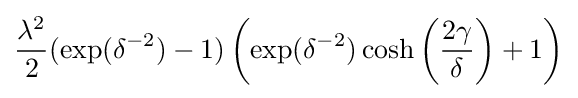
{\frac {\lambda ^{2}}{2}}(\exp(\delta ^{-2})-1)\left(\exp(\delta ^{-2})\cosh \left({\frac {2\gamma }{\delta }}\right)+1\right)